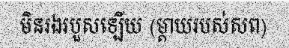
មិនរងរបួសឡើយ (ម្តាយរបស់សព)